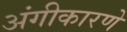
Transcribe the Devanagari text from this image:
अंगीकारणे